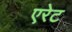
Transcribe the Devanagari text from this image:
एरेट